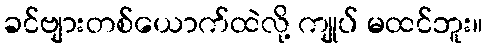
ခင်ဗျားတစ်ယောက်ထဲလို့ ကျုပ် မထင်ဘူး။